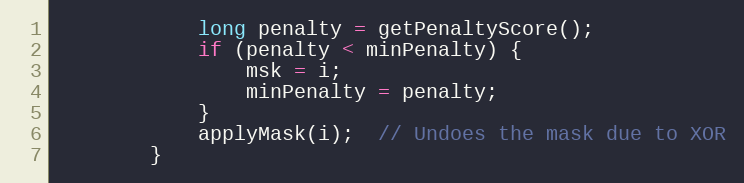
Language: C++
			long penalty = getPenaltyScore();
			if (penalty < minPenalty) {
				msk = i;
				minPenalty = penalty;
			}
			applyMask(i);  // Undoes the mask due to XOR
		}